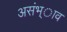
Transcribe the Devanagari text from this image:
असंभ्ाव